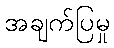
အချက်ပြမှု